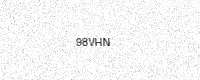
Text: 98VHN